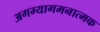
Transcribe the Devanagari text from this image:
अगम्यागमनात्मक